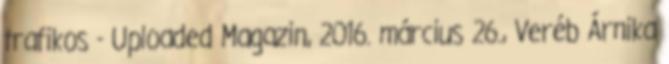
trafikos - Uploaded Magazin, 2016. március 26., Veréb Árnika